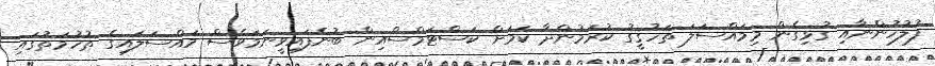
ފުލުހުންނާއި ގުޅިގެން މިމައްސަލަ ތަހުޤީގު ކުރަމުންދާ ކަމަށް ކަސްޓަމްސްއިން ބުނެފައިވީނަމަވެސް މައްސަލައިގެ ތުހުމަތުގައި